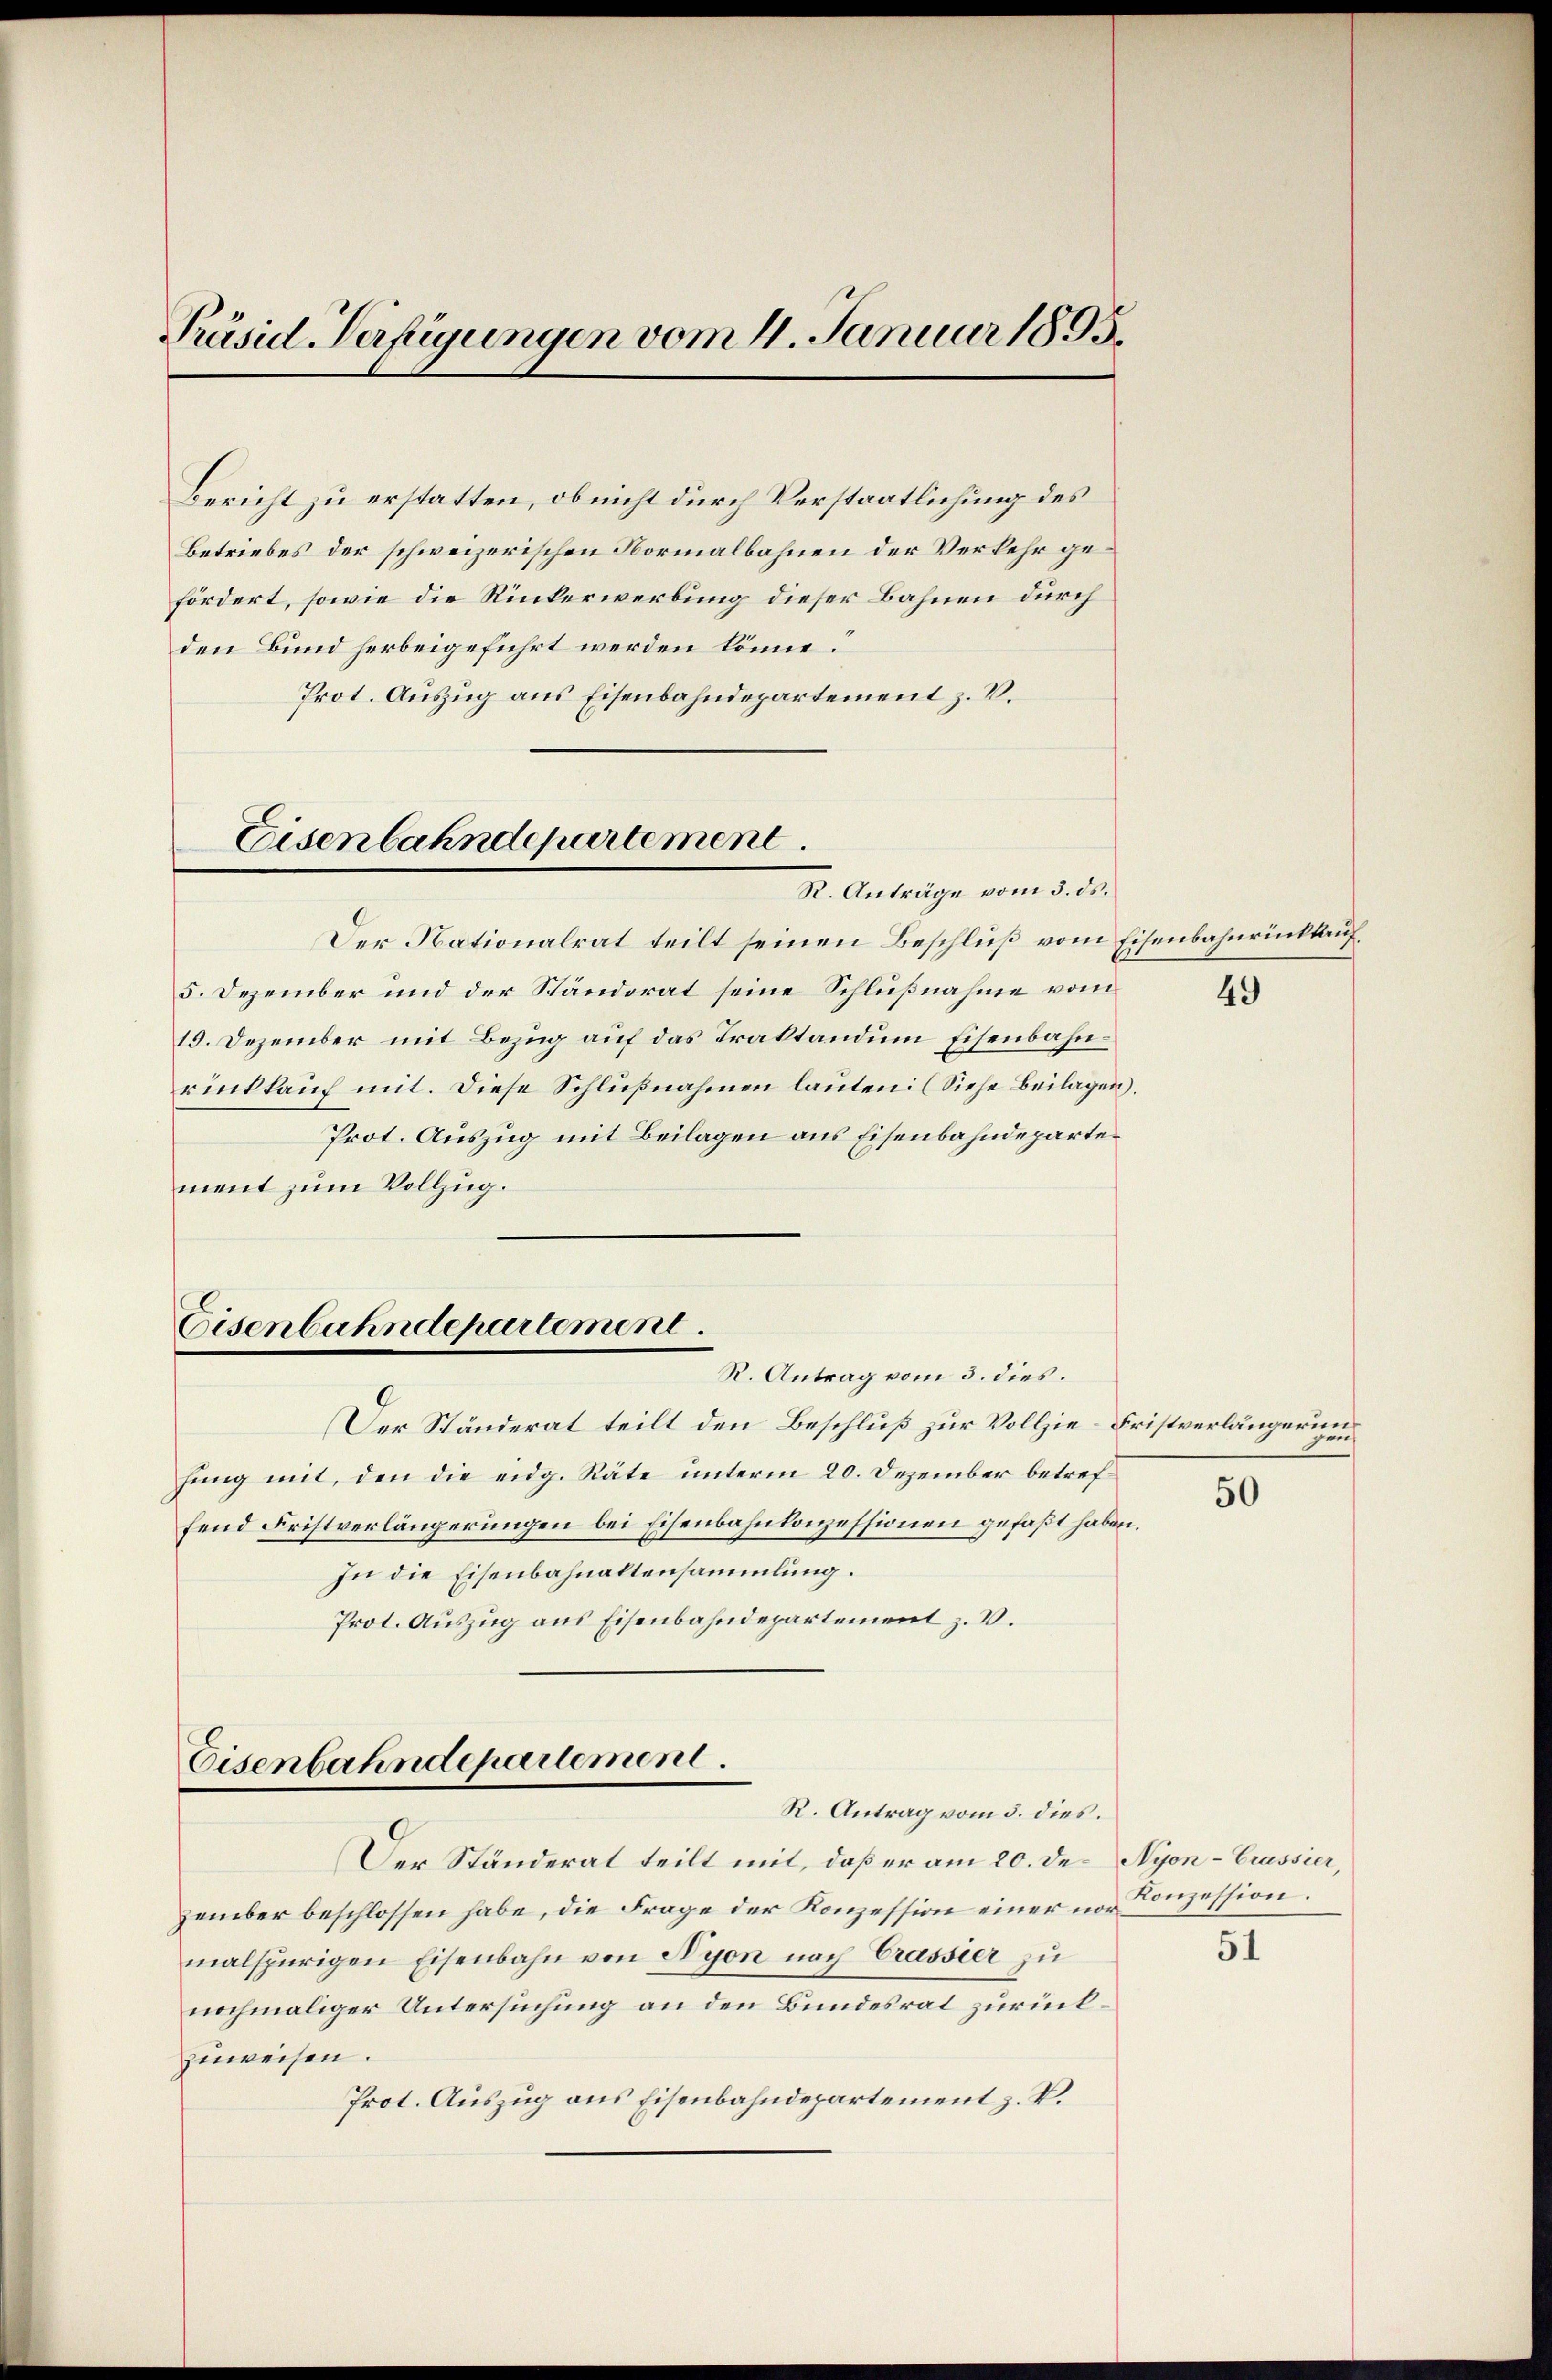
Präsid Verfügungen vom 4. Januar 1895.

den Bund herbeigeführt werden könne.
Prot. Auszug aus Eisenbahndepartement z. V.

Eisenbahndepartement
R. Anträge vom 5. ds.

Der Nationalrat teilt seinen Beschluß vom Eisenbahnrücktauf¬
5. Dezember und der Standorat seine Schlußnahme vom
19. Dezember mit Bezug auf das Traktandum Eisenbahnrückkauf mit. Diese Schlußnahmen lauten. (Siehe Beilagen.
Prot. Auszug mit Beilagen aus Eisenbahndepartement zum Vollzug.

Eisenbahndepartement.
R. Antrag vom 3. dies.

Bericht zu erstatten, ob nicht durch Verstaatlichung des
Betriebes der schweizerischen Normalbahnen der Verkehr gefördert, sowie die Rückerwerbung dieser Bahnen durch

Eisenbahndepartement.
R. Antrag vom 5. dies.

Der Ständerat teilt den Beschluß zur Vollzie-Fristverlängerunhang mit, den die eidg. Räte unterm 20. Dezember betreffend Fristverlängerungen bei Eisenbahnkonzessionen gefaßt haben.
In die Eisenbahnaltensammlung.
Prot. Auszug aus Eisenbahndepartement z. V.

Der Ständerat teilt mit, daß er am 20. de. Nyon-Crassier,
zember beschlossen habe, die Frage der Konzession einer vor Konzession.
malspurigen Eisenbahn von Nyon nach Crassier zu
nochmaliger Untersuchung an den Bundesrat zurückzuweisen.
Prot. Auszug aus Eisenbahndepartement z. V.

49

50

51